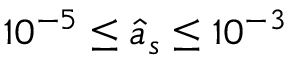
1 0 ^ { - 5 } \leq \hat { a } _ { s } \leq 1 0 ^ { - 3 }